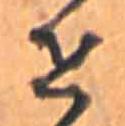
せ